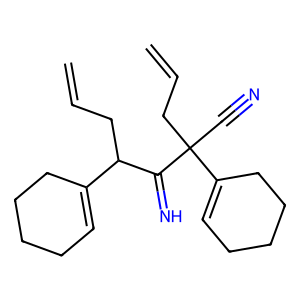
SMILES: C=CCC(C(=N)C(C#N)(CC=C)C1=CCCCC1)C1=CCCCC1
Inhibits HIV replication: No